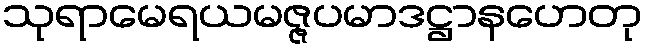
သုရာမေရယမဇ္ဇပမာဒဋ္ဌာနဟေတု